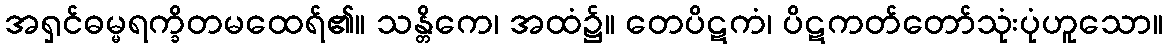
အရှင်ဓမ္မရက္ခိတမထေရ်၏။ သန္တိကေ၊ အထံ၌။ တေပိဋကံ၊ ပိဋကတ်တော်သုံးပုံဟူသော။